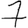
Digit: 7